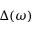
\Delta ( \omega )